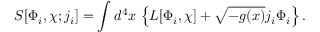
S [ \Phi _ { i } , \chi ; j _ { i } ] = \int d ^ { 4 } x \, \left\{ { \cal L } [ \Phi _ { i } , \chi ] + \sqrt { - g ( x ) } j _ { i } \Phi _ { i } \right\} .